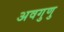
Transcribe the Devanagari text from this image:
अवगुणु